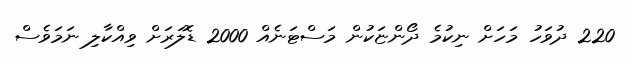
220 ދުވަހު މަހަށް ނިކުމެ ދޯންޏަކުން މަސްޓަނެއް 2000 ޑޮލަރަށް ވިއްކާލި ނަމަވެސް